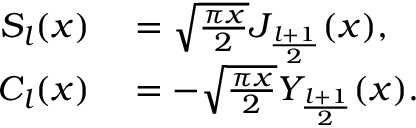
\begin{array} { r l } { S _ { l } ( x ) } & { { } = \sqrt { \frac { \pi x } { 2 } } J _ { \frac { l + 1 } { 2 } } ( x ) , } \\ { C _ { l } ( x ) } & { { } = - \sqrt { \frac { \pi x } { 2 } } Y _ { \frac { l + 1 } { 2 } } ( x ) . } \end{array}